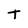
Character: t